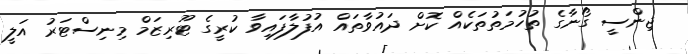
ޖިންސީ ގޯނާގެ ތުހުމަތުތަކެއް ކޮށް ދައުވާތައް އުފުލާފައިވާ ކުރީގެ ޓޫރިޒަމް މިނިސްޓަރު އަލީ